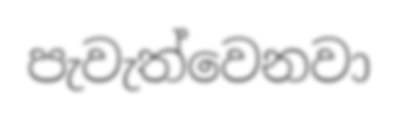
පැවැත්වෙනවා